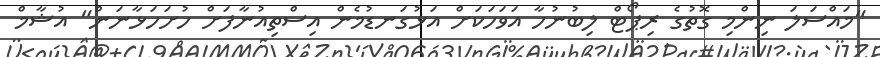
"މައްސަލަ ނިންމި ގޮތުގެ ރިޕޯޓް ލިބުނުހާ އަވަހަކަށް އަޅުގަނޑުމެން އިސްތިއުނާފަށް ހުށަހަޅާނަން" އުޝާމް